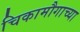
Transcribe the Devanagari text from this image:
चिकामौगाच्या